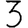
Digit: 3